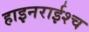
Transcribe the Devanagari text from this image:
हाइनराईश्च